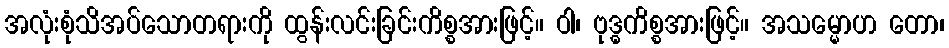
အလုံးစုံသိအပ်သောတရားကို ထွန်းလင်းခြင်းကိစ္စအားဖြင့်။ ဝါ၊ ဗုဒ္ဓကိစ္စအားဖြင့်။ အသမ္မောဟ တော၊